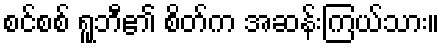
စင်စစ် ရူဘီ၏ စိတ်က အဆန်းကြယ်သား။